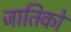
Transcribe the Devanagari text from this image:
जातिको